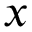
x